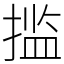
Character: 㨫